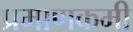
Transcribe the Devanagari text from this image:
प्रमाणकमी